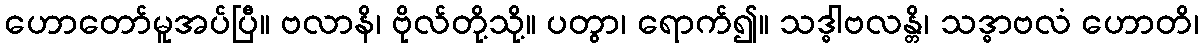
ဟောတော်မူအပ်ပြီ။ ဗလာနိ၊ ဗိုလ်တို့သို့။ ပတွာ၊ ရောက်၍။ သဒ္ဓါဗလန္တိ၊ သဒ္ဓာဗလံ ဟောတိ၊